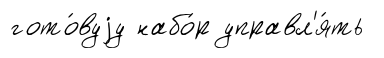
гото́вуjу набо́р управл'я́ть